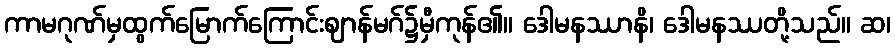
ကာမဂုဏ်မှထွက်မြောက်ကြောင်းဈာန်မဂ်၌မှီကုန်၏။ ဒေါမနဿာနိ၊ ဒေါမနဿတို့သည်။ ဆ၊